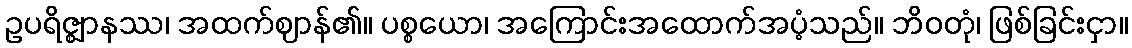
ဥပရိဇ္ဈာနဿ၊ အထက်ဈာန်၏။ ပစ္စယော၊ အကြောင်းအထောက်အပံ့သည်။ ဘိဝတုံ၊ ဖြစ်ခြင်းငှာ။